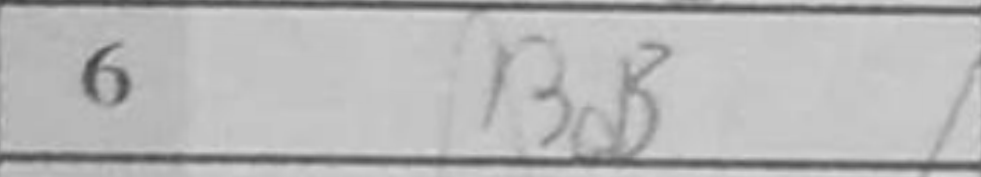
Transcription: Bd3